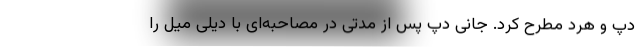
دپ و هرد مطرح کرد. جانی دپ پس از مدتی در مصاحبه‌ای با دیلی میل را